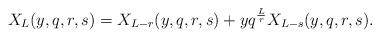
LaTeX: \begin{align*}X_L(y,q,r,s)=X_{L-r}(y,q,r,s)+yq^{L\over r}X_{L-s}(y,q,r,s). \end{align*}